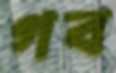
গব